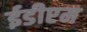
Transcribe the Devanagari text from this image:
ईडीएम